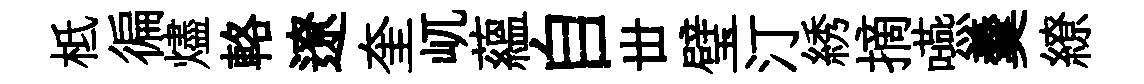
柢徧燼輅遼奎屼藴自丗璧汀綉摘嚥羹繚